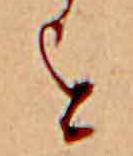
を